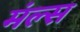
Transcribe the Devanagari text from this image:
मंल्स